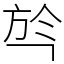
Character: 㫇